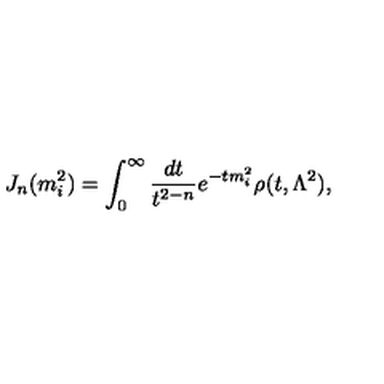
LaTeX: J _ { n } ( m _ { i } ^ { 2 } ) = \int _ { 0 } ^ { \infty } \frac { d t } { t ^ { 2 - n } } e ^ { - t m _ { i } ^ { 2 } } \rho ( t , \Lambda ^ { 2 } ) ,